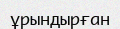
ұрындырған